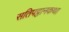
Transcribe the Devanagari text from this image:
सतिपट्ठानकथा